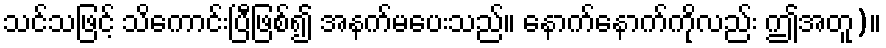
သင်သဖြင့် သိကောင်းပြီဖြစ်၍ အနက်မပေးသည်။ နောက်နောက်ကိုလည်း ဤအတူ)။